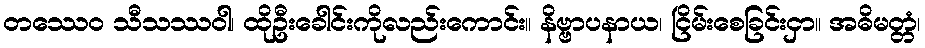
တဿေဝ သီသဿဝါ၊ ထိုဦးခေါင်းကိုလည်းကောင်း။ နိဗ္ဗာပနာယ၊ ငြိမ်းစေခြင်းငှာ။ အဓိမတ္တံ၊